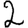
Digit: 2